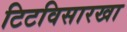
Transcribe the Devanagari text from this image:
टिटविसारखा